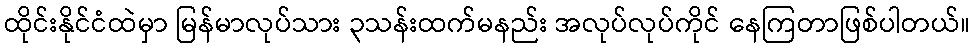
ထိုင်းနိုင်ငံထဲမှာ မြန်မာလုပ်သား ၃သန်းထက်မနည်း အလုပ်လုပ်ကိုင် နေကြတာဖြစ်ပါတယ်။